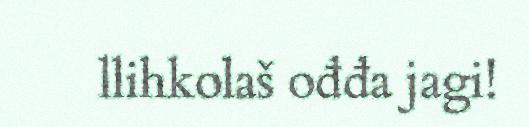
llihkolaš ođđa jagi!